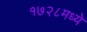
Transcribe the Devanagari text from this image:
१७२८मध्ये